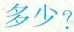
多少?